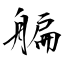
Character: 艑